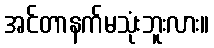
အင်တာနက်မသုံးဘူးလား။